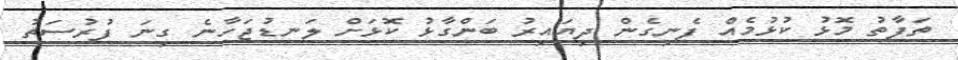
ތަފާތު މޮޅު ކުޅުމެއް ފެނިގެން ދިޔައިރު ބަންގާޅު ކޮޅަށް ލަނޑުޖަހާނެ ގިނަ ފުރުސަތު